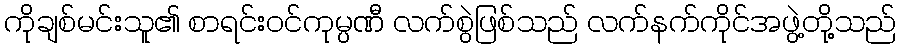
ကိုချစ်မင်းသူ၏ စာရင်းဝင်ကုမ္ပဏီ လက်စွဲဖြစ်သည် လက်နက်ကိုင်အဖွဲ့တို့သည်